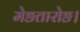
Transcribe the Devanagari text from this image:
मेङतारोङ।